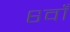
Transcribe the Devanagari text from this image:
६वाँ